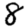
Digit: 8